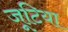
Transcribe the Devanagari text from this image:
जूटिया